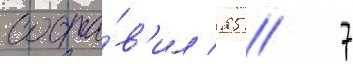
соста́в'ил 25 / 7